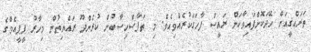
ތަރައްޤީއަށް ހޭދަކޮށްފައިވާކަން ރައީސް ފާހަގަކުރެއްވިއެވެ. މި ތަފާސްހިސާބުން ކުރެންދޫ ރައްޔިތުން މިހާރު ޕީޕީއެމްގެ